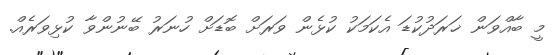
މީ ބާއްވަން ޚަރަދުކުޑަ އެކަމަކު ކުޅެން ވަރަށް ބޮޑަށް ހުނަރު ބޭނުންވާ ކުޅިވަރެއް.